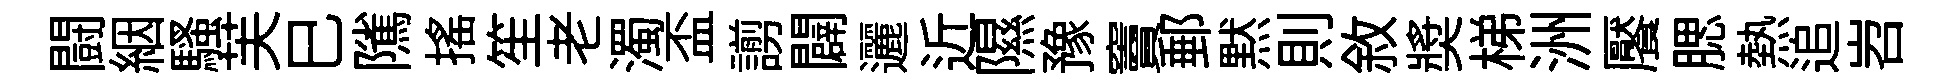
闘絪騷芙巳隲摇笙老濁盃謭闢邐近隰豫竇郵黙則敘奬梯洲饜腮熱追岧